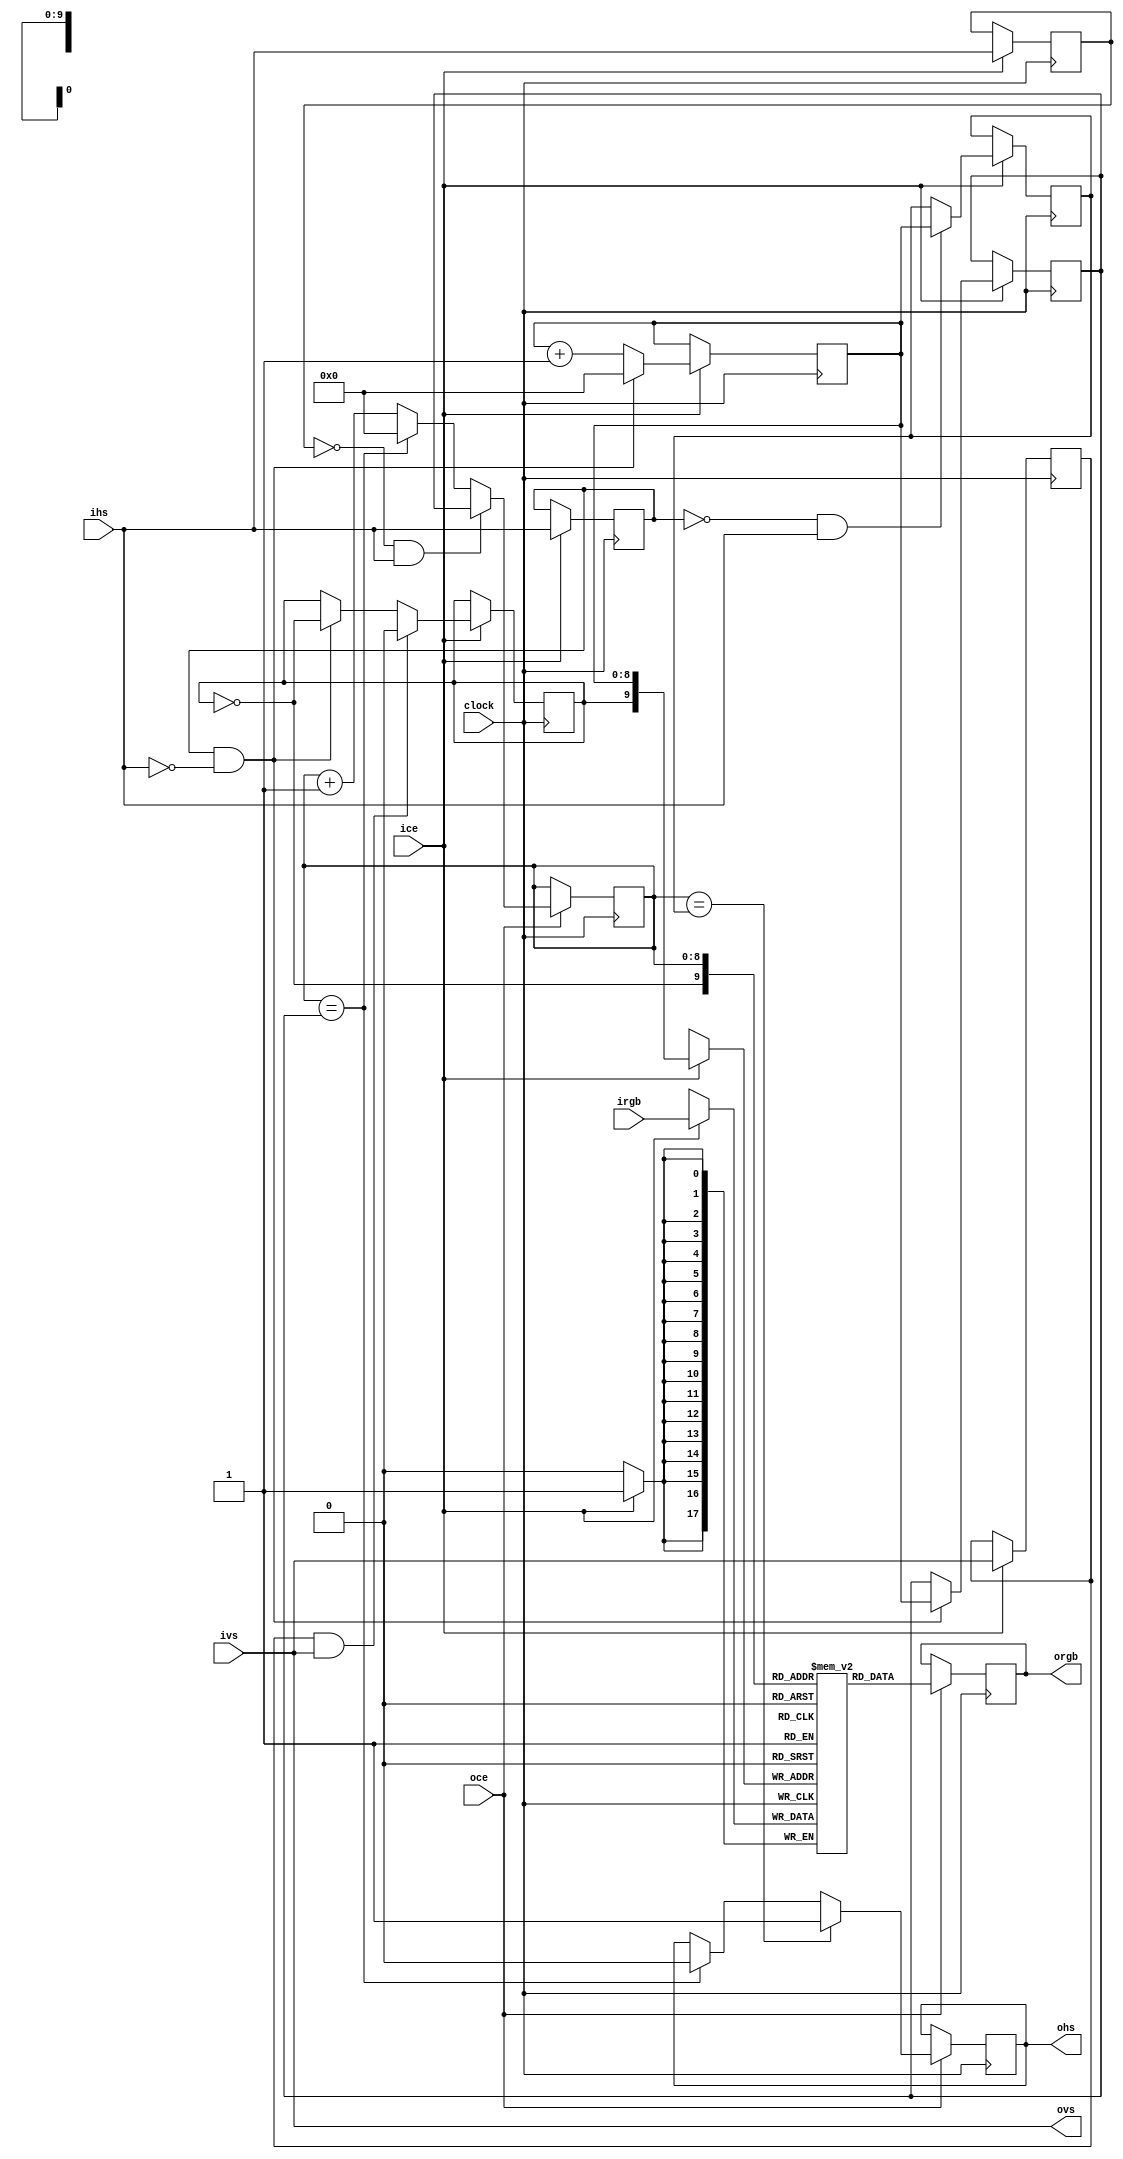
//-------------------------------------------------------------------------------------------------
module scandoubler
//-------------------------------------------------------------------------------------------------
#
(
	parameter HCW = 9,  // horizontal counter width
	parameter RGBW = 18 // rgb width
)
(
	input  wire           clock,

	input  wire           ice,
	input  wire           ihs,
	input  wire           ivs,
	input  wire[RGBW-1:0] irgb,

	input  wire           oce,
	output reg            ohs,
	output wire           ovs,
	output reg [RGBW-1:0] orgb
);
//-------------------------------------------------------------------------------------------------

reg iHSyncDelayed;
wire iHSyncPosedge = !iHSyncDelayed && ihs;
wire iHSyncNegedge = iHSyncDelayed && !ihs;
always @(posedge clock) if(ice) iHSyncDelayed <= ihs;

reg oHSyncDelayed;
wire oHSyncPosedge = !oHSyncDelayed && ihs;
always @(posedge clock) if(ice) oHSyncDelayed <= ihs;

reg iVSyncDelayed;
wire iVSyncNegedge = iVSyncDelayed && ivs;
always @(posedge clock) if(ice) iVSyncDelayed <= ivs;

//-------------------------------------------------------------------------------------------------

reg[HCW-1:0] iHCount;
always @(posedge clock) if(ice) if(iHSyncNegedge) iHCount <= 1'd0; else iHCount <= iHCount+1'd1;

reg[HCW-1:0] iHSyncBegin;
always @(posedge clock) if(ice) if(iHSyncPosedge) iHSyncBegin <= iHCount;

reg[HCW-1:0] iHSyncEnd;
always @(posedge clock) if(ice) if(iHSyncNegedge) iHSyncEnd <= iHCount;

reg line;
always @(posedge clock) if(ice) if(iVSyncNegedge) line <= 0; else if(iHSyncNegedge) line <= ~line;

//-------------------------------------------------------------------------------------------------

reg[HCW-1:0] oHCount;
always @(posedge clock) if(oce) if(oHSyncPosedge) oHCount <= iHSyncEnd; else if(oHCount == iHSyncEnd) oHCount <= 0; else oHCount <= oHCount+1'd1;

//-------------------------------------------------------------------------------------------------

always @(posedge clock) if(oce) if(oHCount == iHSyncBegin) ohs <= 1'b1; else if(oHCount == iHSyncEnd) ohs <= 1'b0;
assign ovs = ivs;

//-------------------------------------------------------------------------------------------------

// Xilinx: set parameter -infer_ramb8 No in XST to avoid PhysDesignRules:2410 warning

reg[RGBW-1:0] buffer[0:(2*2**HCW)-1]; // 2 lines of 2**HCW pixels of RGBW words

always @(posedge clock) if(ice) buffer[{ line, iHCount }] <= irgb;
always @(posedge clock) if(oce) orgb <= buffer[{ ~line, oHCount }];

//-------------------------------------------------------------------------------------------------
endmodule
//-------------------------------------------------------------------------------------------------